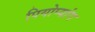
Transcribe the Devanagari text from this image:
पियोप्यांग